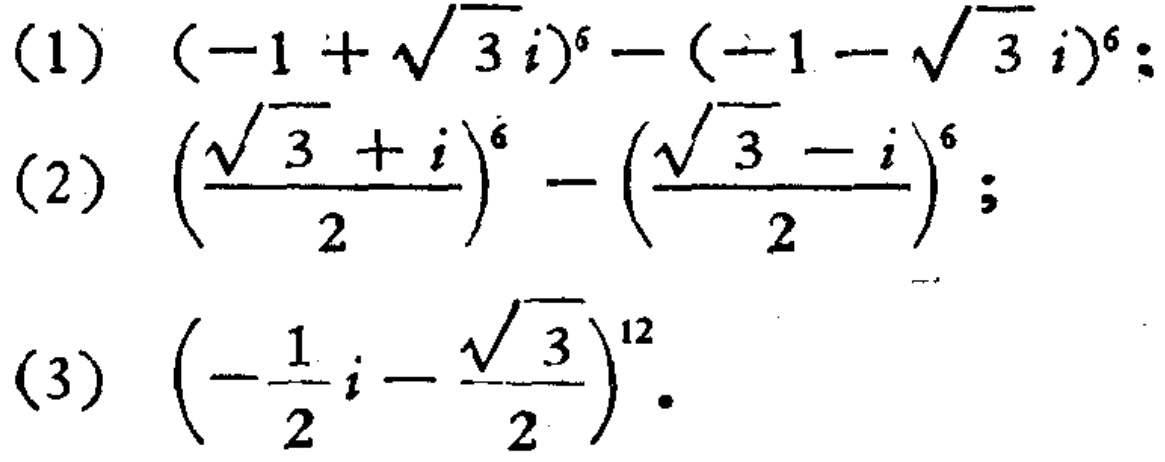
(1) \((-1 + \sqrt{3}i)^{6} - (-1 - \sqrt{3}i)^{6}\);
(2) \(\left(\frac{\sqrt{3} + i}{2}\right)^{6} - \left(\frac{\sqrt{3} - i}{2}\right)^{6}\);
(3) \(\left(-\frac{1}{2}i - \frac{\sqrt{3}}{2}\right)^{12}\).